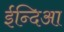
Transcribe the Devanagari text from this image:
ईन्दिआ